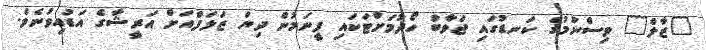
"ޒާލް" ވިސްނުމުގެ ކަނޑުގައި ޖަވާބު ހޯދުމަށްޓަކައި ފީނަމުން ދިޔަ ޒަލަފްއަށް އަރީޝާގެ އަޑުއިވުނެވެ.